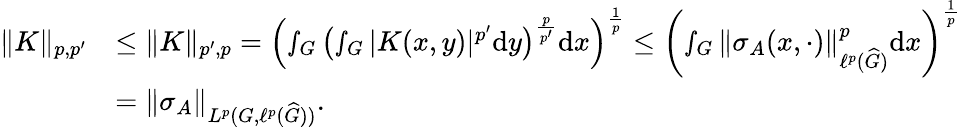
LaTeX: \begin{array}{rl}{\Vert K\Vert_{p,p^{\prime}}}&{\leq\Vert K\Vert_{p^{\prime},p}=\left(\smallint_{G}\left(\smallint_{G}|K(x,y)|^{p^{\prime}}\textnormal{d}y\right)^{\frac{p}{p^{\prime}}}\textnormal{d}x\right)^{\frac{1}{p}}\leq\left(\smallint_{G}\Vert\sigma_{A}(x,\cdot)\Vert_{\ell^{p}(\widehat{G})}^{p}\textnormal{d}x\right)^{\frac{1}{p}}}\\ &{=\Vert\sigma_{A}\Vert_{L^{p}(G,\ell^{p}(\widehat{G}))}.}\end{array}